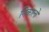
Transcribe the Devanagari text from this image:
निकालो